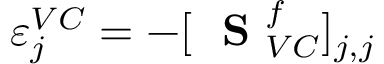
\varepsilon _ { j } ^ { V C } = - [ \mathrm { ~ \bf ~ S ~ } _ { V C } ^ { f } ] _ { j , j }